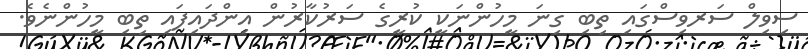
ސިވިލް ސަރވިސްގައި ތިބި ގިނަ މީހުންނަކީ ކުރީގެ ސަރުކާރުން އިންދައިފައި ތިބި މީހުންނެވެ.